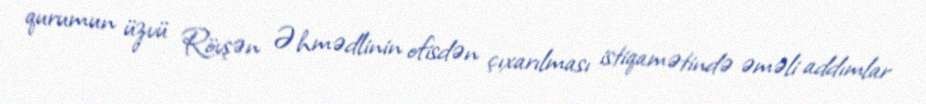
qurumun üzvü Rövşən Əhmədlinin ofisdən çıxarılması istiqamətində əməli addımlar